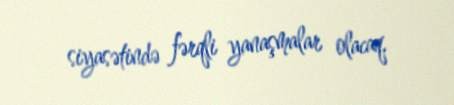
siyasətində fərqli yanaşmalar olacaq.